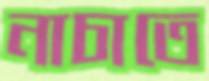
নাচাতে